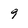
Character: 9